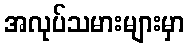
အလုပ်သမားများမှာ